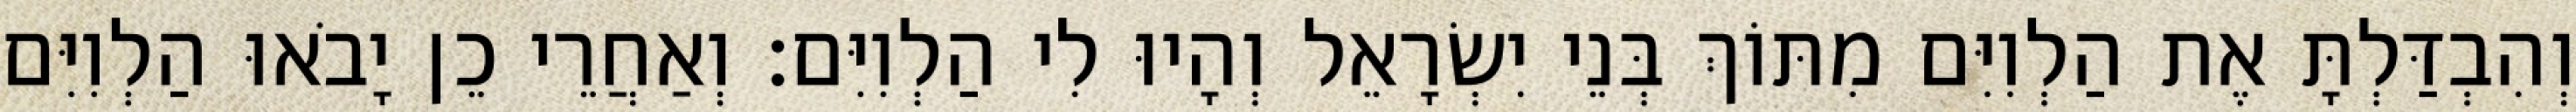
וְהִבְדַּלְתָּ אֶת הַלְוִיִּם מִתּוֹךְ בְּנֵי יִשְׂרָאֵל וְהָיוּ לִי הַלְוִיִּם׃ וְאַחֲרֵי כֵן יָבֹאוּ הַלְוִיִּם